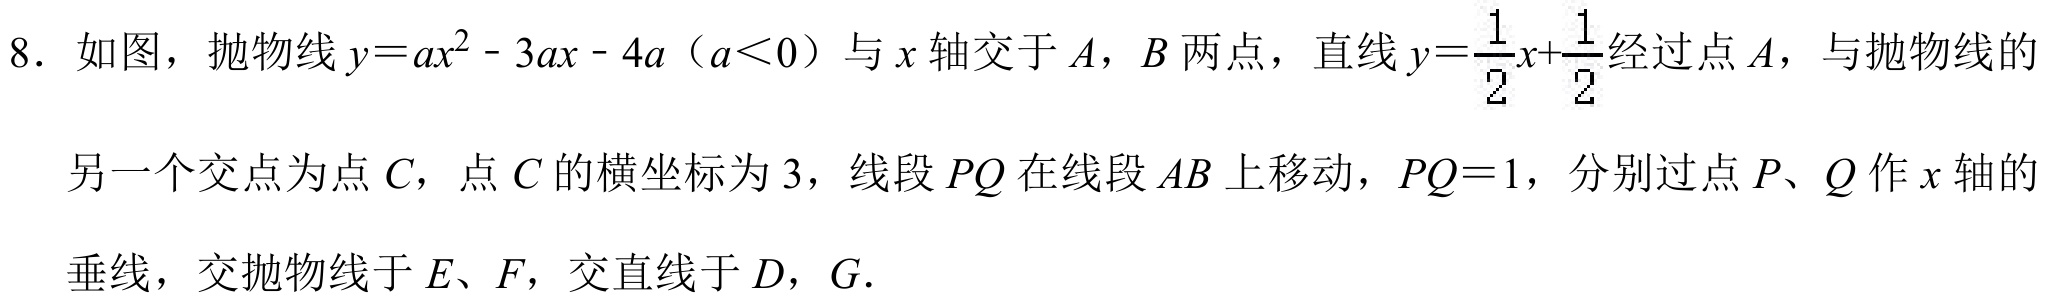
8. 如图，抛物线\(y = ax^{2}-3ax - 4a\)（\(a<0\)）与\(x\)轴交于\(A\)，\(B\)两点，直线\(y=\frac{1}{2}x+\frac{1}{2}\)经过点\(A\)，与抛物线的
另一个交点为点\(C\)，点\(C\)的横坐标为\(3\)，线段\(PQ\)在线段\(AB\)上移动，\(PQ = 1\)，分别过点\(P\)、\(Q\)作\(x\)轴的
垂线，交抛物线于\(E\)、\(F\)，交直线于\(D\)，\(G\).